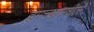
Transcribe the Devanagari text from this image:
ह्याच्यामधले